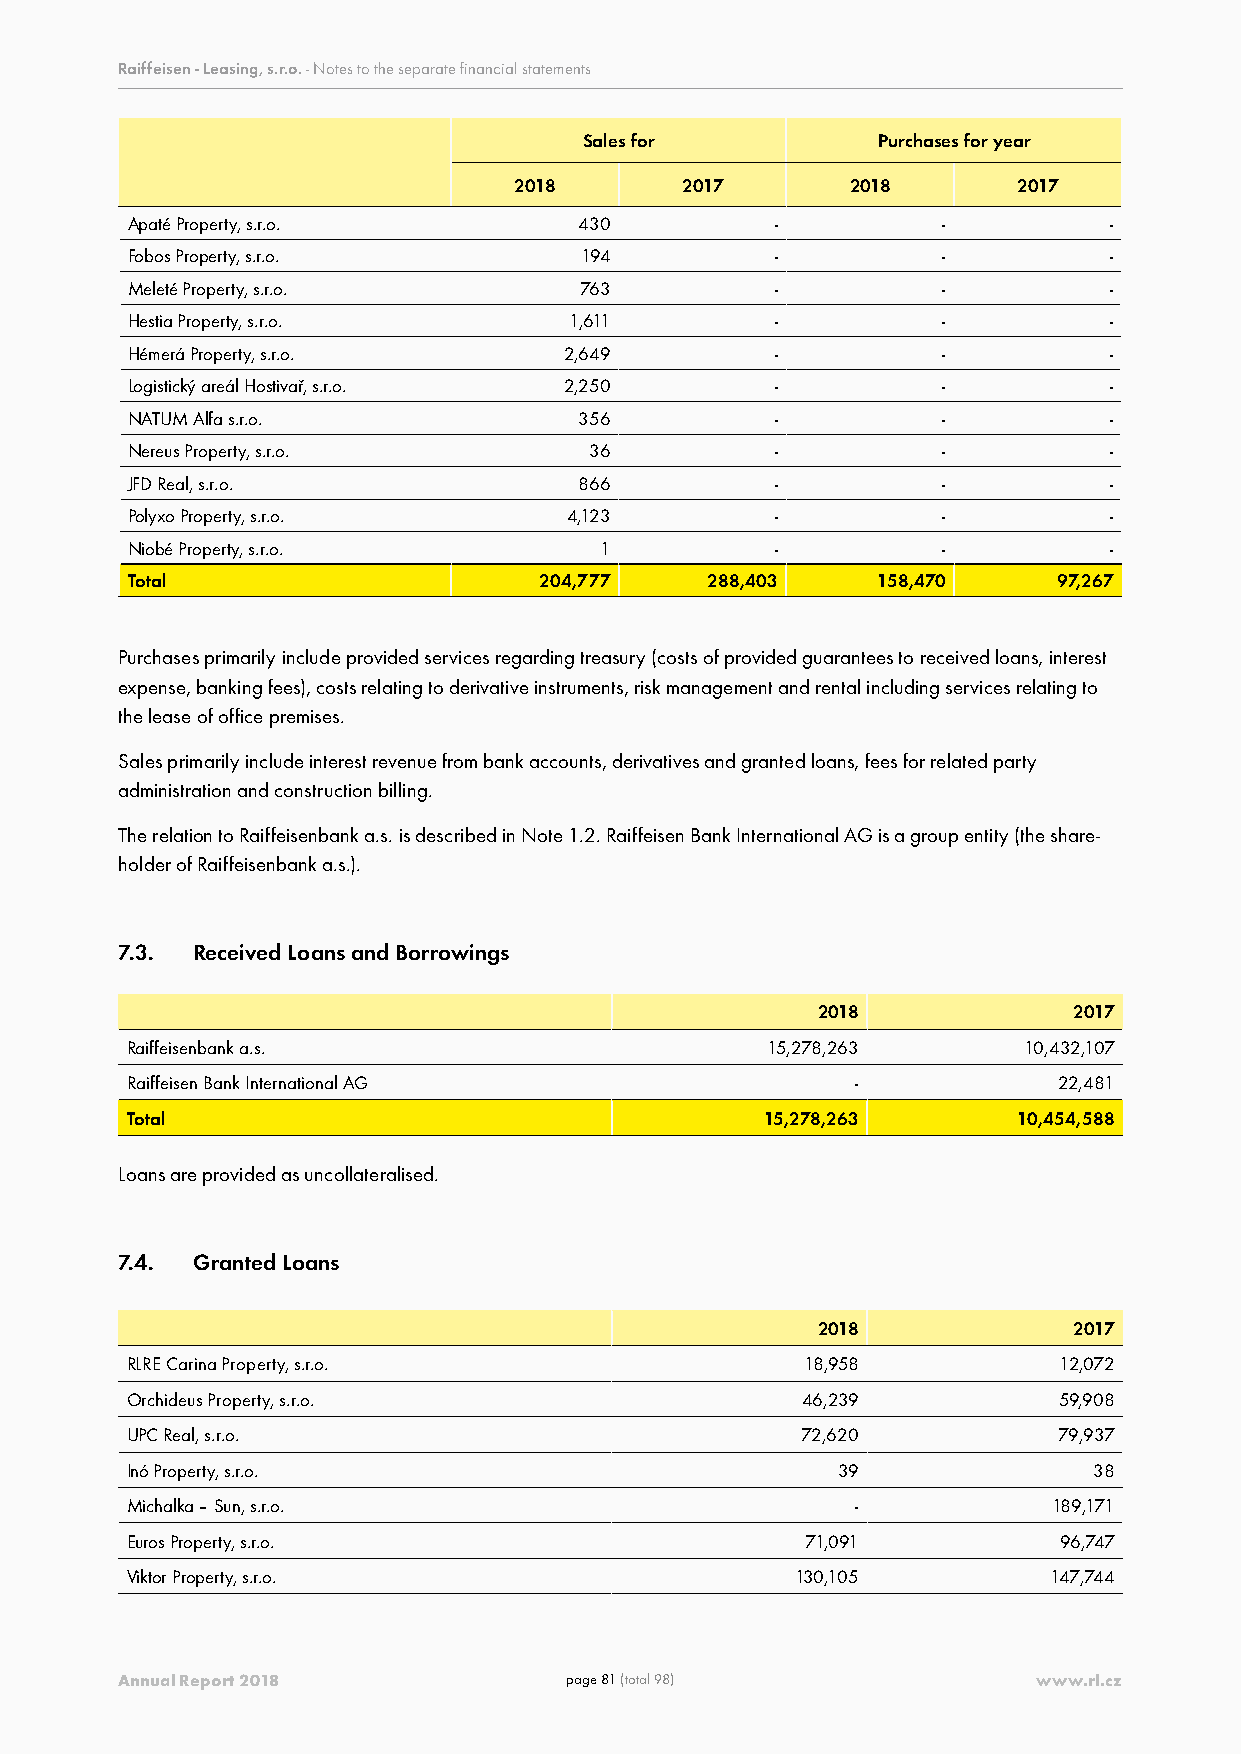
Raiffeisen - Leasing, s.r.o. - Notes to the separate financial statements
 Sales for          Purchases for year
 2018       2017       2018       2017
 Apaté Property, s.r.o.        430          -          -          -
 Fobos Property, s.r.o.        194          -          -          -
 Meleté Property, s.r.o.       763          -          -          -
 Hestia Property, s.r.o.       1,611        -          -          -
 Hémerá Property, s.r.o.      2,649         -          -          -
 Logistický areál Hostivař, s.r.o. 2,250    -          -          -
 NATUM Alfa s.r.o.             356          -          -          -
 Nereus Property, s.r.o.        36          -          -          -
 JFD Real, s.r.o.              866          -          -          -
 Polyxo Property, s.r.o.      4,123         -          -          -
 Niobé Property, s.r.o.          1          -          -          -
 Total                       204,777    288,403    158,470     97,267
 Purchases primarily include provided services regarding treasury (costs of provided guarantees to received loans, interest
 expense, banking fees), costs relating to derivative instruments, risk management and rental including services relating to
 the lease of office premises.
 Sales primarily include interest revenue from bank accounts, derivatives and granted loans, fees for related party
 administration and construction billing.
 The relation to Raiffeisenbank a.s. is described in Note 1.2. Raiffeisen Bank International AG is a group entity (the share-
 holder of Raiffeisenbank a.s.).
 7.3. Received Loans and Borrowings
 2018             2017
 Raiffeisenbank a.s.                        15,278,263       10,432,107
 Raiffeisen Bank International AG                 -            22,481
 Total                                      15,278,263      10,454,588
 Loans are provided as uncollateralised.
 7.4. Granted Loans
 2018             2017
 RLRE Carina Property, s.r.o.                 18,958           12,072
 Orchideus Property, s.r.o.                   46,239           59,908
 UPC Real, s.r.o.                             72,620           79,937
 Inó Property, s.r.o.                           39               38
 Michalka – Sun, s.r.o.                           -            189,171
 Euros Property, s.r.o.                       71,091           96,747
 Viktor Property, s.r.o.                      130,105         147,744
 Annual Report 2018           page 81 (total 98)              www.rl.cz